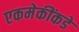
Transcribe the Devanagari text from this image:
एकमेकींकडे